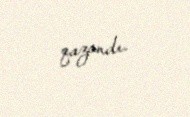
qazandı.